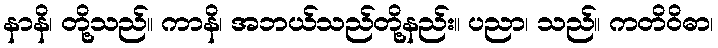
နာနိ၊ တို့သည်။ ကာနိ၊ အဘယ်သည်တို့နည်း။ ပညာ၊ သည်။ ကတိဝိဓာ၊